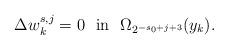
LaTeX: \begin{align*}\Delta{w}^{s,j}_{k}=0\ \ \mathrm{in}\ \ \Omega_{2^{-s_0+j+3}}(y_k).\end{align*}